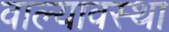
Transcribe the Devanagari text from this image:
वाल्यावस्था